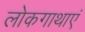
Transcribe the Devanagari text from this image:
लोकगाथाएं